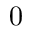
0